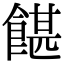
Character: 𩜱